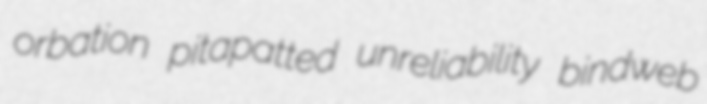
orbation pitapatted unreliability bindweb